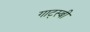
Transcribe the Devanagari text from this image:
गाट्स्बी